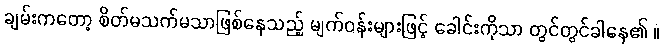
ချမ်းကတော့ စိတ်မသက်မသာဖြစ်နေသည့် မျက်ဝန်းများဖြင့် ခေါင်းကိုသာ တွင်တွင်ခါနေ၏ ။